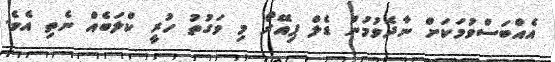
އެއްބަސްވުމަކަށް ނާދެވުމުން ޑެލް ޕިއޭރޯ މި ވަގުތު ހުރީ ކްލަބެއް ނެތި އެވެ.